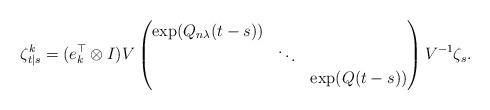
LaTeX: \begin{align*}\zeta^k_{t|s}=(e_k^\top\otimes I)V\begin{pmatrix}\exp(Q_{n\lambda}(t-s)) & & \\& \ddots & \\& & \exp(Q(t-s))\end{pmatrix}V^{-1}\zeta_s.\end{align*}